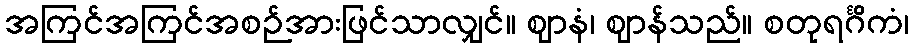
အကြင်အကြင်အစဉ်အားဖြင်သာလျှင်။ ဈာနံ၊ ဈာန်သည်။ စတုရင်္ဂိကံ၊